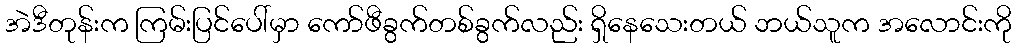
အဲဒီတုန်းက ကြမ်းပြင်ပေါ်မှာ ကော်ဖီခွက်တစ်ခွက်လည်း ရှိနေသေးတယ် ဘယ်သူက အလောင်းကို